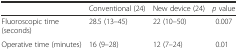
<table><thead><tr><td></td><td><b>Conventional (24)</b></td><td><b>New device (24)</b></td><td><b><i>p</i> value</b></td></tr></thead><tbody><tr><td>Fluoroscopic time (seconds)</td><td>28.5 (13–45)</td><td>22 (10–50)</td><td>0.007</td></tr><tr><td>Operative time (minutes)</td><td>16 (9–28)</td><td>12 (7–24)</td><td>0.01</td></tr></tbody></table>